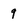
Character: 9